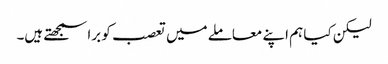
لیکن کیا ہم اپنے معاملے میں تعصب کو برا سمجھتے ہیں۔